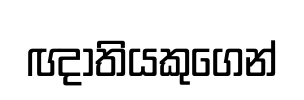
ඥාතියකුගෙන්